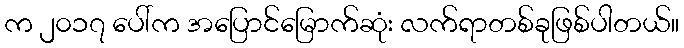
က ၂၀၁၇ ပေါ်က အပြောင်မြောက်ဆုံး လက်ရာတစ်ခုဖြစ်ပါတယ်။